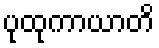
ပုထုကာယာတိ